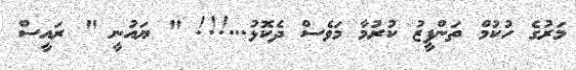
މަރުގެ ހުކުމް ތަންފީޒު ކުރުމާ މަވެސް ދެކޮޅު...!!! " ޔައުނީ " ރައީސް